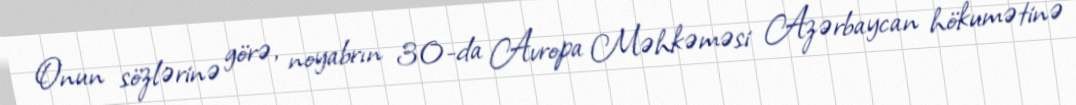
Onun sözlərinə görə, noyabrın 30-da Avropa Məhkəməsi Azərbaycan hökumətinə